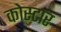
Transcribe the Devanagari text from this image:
कोस्टार